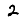
Digit: 2